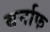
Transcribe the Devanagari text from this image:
बर्नाफ